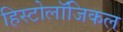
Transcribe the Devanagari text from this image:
हिस्टोलॉजिकल